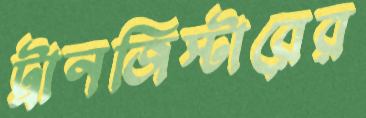
ট্রানজিস্টারের